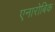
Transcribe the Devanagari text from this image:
एनारोबिक